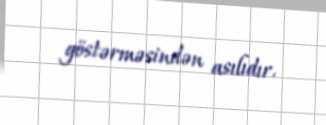
göstərməsindən asılıdır.